Report of the Indian Hemp Drugs Commission, 1894-1895 - Volume VI
Year: 1894
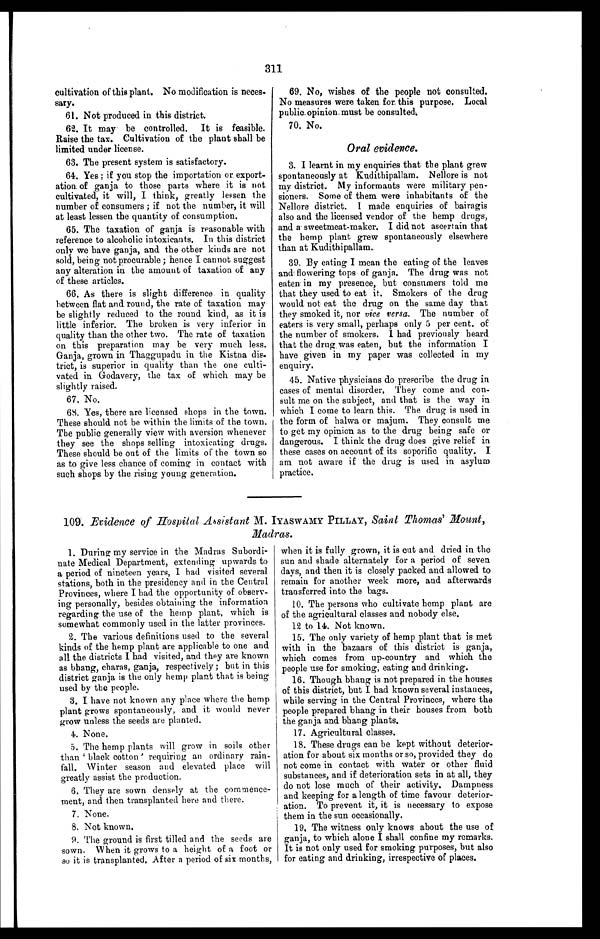
311
cultivation of this plant. No modification is neces
-sary.
61. Not produced in this district.
62. It may be controlled. It is feasible.
Raise the tax. Cultivation of the plant shall be
limited under license.
63. The present system is satisfactory.
64. Yes ; if you stop the importation or. export
- a t i o n . o f g a n j a t o t h o s e p a r t s w h e r e i t i s n o t
cultivated, it will, I think, greatly lessen the
number of consumers ; if not the number, it will
at least lessen the quantity of consumption.
65. The taxation of ganja is reasonable with
reference to alcoholic intoxicants. In this district
only we have ganja, and the other kinds are not
sold, being not procurable ; hence I cannot suggest
any alteration in the amount of taxation of any
of these articles.
66. As there is slight difference in quality
between flat and round, the rate of taxation may
be slightly reduced to the round kind, as it is
little inferior. The broken is very inferior in
quality than the other two. The rate of taxation
on this preparation may be very much less.
Ganja, grown in Thaggupadu in the Kistna dis-
trict, is superior in quality than the one culti-
vated in Godavery, the tax of which may be
slightly raised.
67. No.
68. Yes, there are licensed shops in the town.
These should not be within the limits of the town.
The public generally view with aversion whenever
they see the shops selling intoxicating drugs.
These should be out of the limits of the town so
as to give less chance of coming in contact with
such shops by the rising young generation.
69. No, wishes of the people not consulted.
No measures were taken for. this purpose, Local
public. opinion. must be consulted;
70.No.
Oral evidence.
3. I learnt in my enquiries that the plant grew
spontaneously at Kudithipallam. Nellore is not
my district. My informants were military pen
- s i o n e r s . S o m e o f t h e m w e r e i n h a b i t a n t s o f t h e
Nellore district. I made enquiries of bairagis
also and the licensed vendor of the hemp drugs,
and a sweetmeat-maker. I did not ascertain that
the hemp plant grew spontaneously elsewhere
than at Kudithipallam..
39. By eating I mean the eating of the leaves
and flowering tops of ganja. The drug was not
eaten in my presence, but consumers told me
that they used to eat it. Smokers of the drug
would not eat the drug on the same day that
they smoked it, nor vice versa. The number of
eaters is very small, perhaps only 5 per cent, of
the number of smokers. I had previously heard
that the drug . was eaten, but the information I
have given. in my paper was collected in my
enquiry.
45. Native physicians do prescribe the drug in
cases of mental disorder. They come and con
- s u l t m e o n t h e s u b j e c t , a n d t h a t i s t h e w a y i n
which I come to learn this. The drug is used in
the form of halwa or majum. They consult me
to get my opinion as to the drug being safe or
dangerous. I think the drug does give relief in
these cases on account of its soporific quality. I
am not aware if the drug is used in asylum
practice.
109. Evidence of Hospital Assistant M. IYASWAMY PILLAY, Saint Thomas' Mount,
Madras.
1. During my service in the Madras Subordi-
nate Medical Department, extending upwards to
a period of nineteen years, I had visited several
stations, both in the presidency and in the Central
Provinces, where I had the opportunity of observ
- i n g p e r s o n a l l y , b e s i d e s o b t a i n i n g t h e i n f o r m a t i o n
regarding the use of the hemp plant, which is
somewhat commonly used in the latter provinces.
2. The various definitions used to the several
kinds of the hemp plant are applicable to one and
all the districts I had visited, and they are known
as bhang, charas, ganja, respectively ; but in this
district ganja is the only hemp plant that is being
used by the people.
3. I have not known any place where the hemp
plant grows spontaneously, and it would never
grow unless the seeds are planted.
4. None.
5. The hemp plants will grow in soils other
than black cotton' requiring an ordinary rain
- f a l l . W i n t e r s e a s o n a n d e l e v a t e d p l a c e w i l l
greatly assist the production.
6. They are sown densely at the commence
-ment, and then transplanted here and there.
7. None.
8. Not known.
9. The ground is first tilled and the seeds are
sown. When it grows to a height of a foot or
so it is transplanted, After a period of six months,
when it is fully grown, it is cut and dried in the
sun and shade alternately for a period of seven
days, and then it is closely packed and allowed to
remain for another week more, and afterwards
transferred into the bags.
10. The persons who cultivate hemp plant are
of the agricultural classes and nobody else.
12 to 14. Not known.
15. The only variety of hemp plant that is' met
with in the bazaars of this district is ganja,
which comes from up-country and which the
people use for smoking, eating and drinking.
16. Though bhang is not prepared in the houses
of this district, but I had known several instances,
while serving in the Central Provinces, where the
people prepared bhang in their houses from both
the ganja and bhang plants.
1 7 . A g r i c u l t u r a l c l a s s e s .
18. These drugs can be kept without deterior
- a t i o n f o r a b o u t s i x m o n t h s o r s o , p r o v i d e d t h e y d o
not come in contact with water or other fluid
substances, and if deterioration sets in at all, they
do not lose much of their activity. Dampness
and keeping for a length of time favour deterior-
- a t i o n . T o p r e v e n t i t , i t i s n e c e s s a r y t o e x p o s e
them in the sun occasionally.
19. The witness only knows about the use of
ganja, to which alone I shall confine my remarks.
It is not only used for smoking purposes, but also
for eating and drinking, irrespective of places.